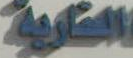
العارية